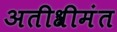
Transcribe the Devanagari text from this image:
अतीश्रीमंत